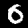
Label: 0